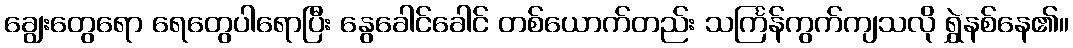
ချွေးတွေရော ရေတွေပါရောပြီး နွေခေါင်ခေါင် တစ်ယောက်တည်း သင်္ကြန်ကွက်ကျသလို ရွှဲနစ်နေ၏။